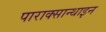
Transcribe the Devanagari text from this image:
पाराक्सान्थाइन